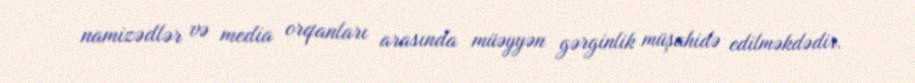
namizədlər və media orqanları arasında müəyyən gərginlik müşahidə edilməkdədir.